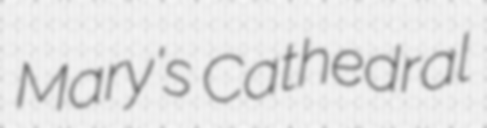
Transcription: Mary's Cathedral